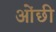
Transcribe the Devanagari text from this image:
ओंछी